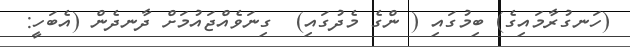
(ހަނގުރާމައިގެ) ބިމުގައި ( ންގެ މެދުގައި)  ގިނަވެއްޖައުމަށް ދާނދެން (އެބަހީ: